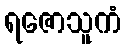
ရဇောသူကံ